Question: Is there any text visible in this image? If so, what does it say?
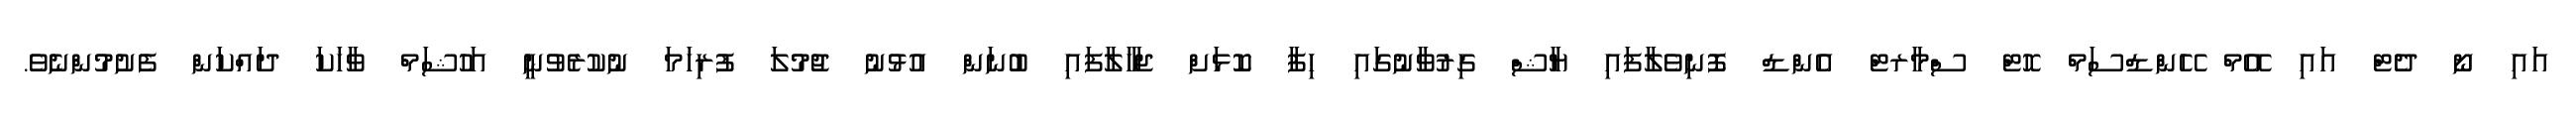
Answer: އައި ނޯ ދެޓް އައި އޭމް ހޭންޑްސަމް ހޮޓް ސްމާރޓް އެންޑް ފޮނިވެލާފައި ޔާޝް ގިރުވާނުގައި ހިފާ ކޮޅަށް ޖަހާލާފައި ބުނަން އުޅުނު ޖުމުލަ ފުރިހަމަ ނުކުރެވުނީ އަހުޝަމް ވާހަކަ ދައްކަން ފެށުމުންނެވެ.